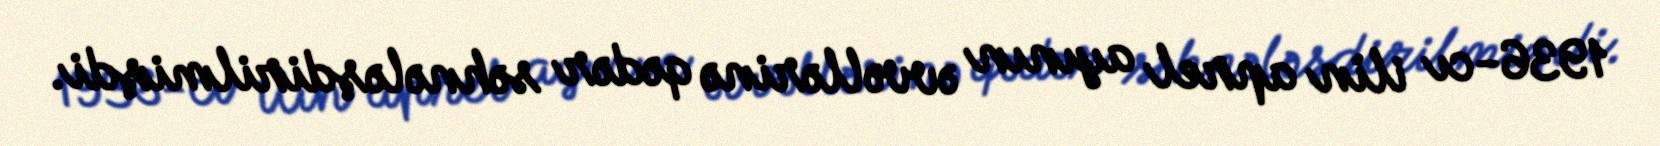
1936-cı ilin aprel ayının əvvəllərinə qədər səhnələşdirilmişdi.